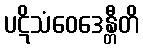
ပဋိသံဝေဒေန္တီတိ